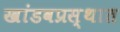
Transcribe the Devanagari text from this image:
खांडवप्रस्थात